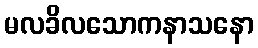
မလခိလသောကနာသနော